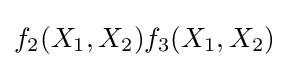
f_{2}(X_{1},X_{2})f_{3}(X_{1},X_{2})